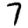
Digit: 7